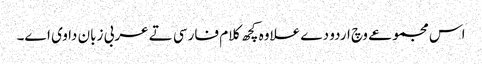
اس مجموعے وچ اردو دے علاوہ کچھ کلام فارسی تے عربی زبان دا وی ا‏‏ے۔